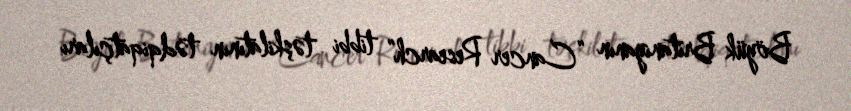
Böyük Britaniyanın “Cancer Research” tibbi təşkilatının tədqiqatçıları